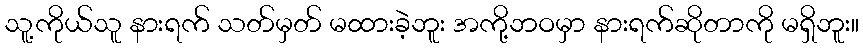
သူ့ကိုယ်သူ နားရက် သတ်မှတ် မထားခဲ့ဘူး အကို့ဘဝမှာ နားရက်ဆိုတာကို မရှိဘူး။